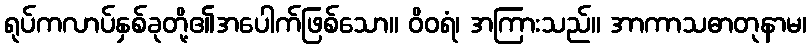
ရုပ်ကလာပ်နှစ်ခုတို့၏အပေါက်ဖြစ်သော။ ဝိဝရံ၊ အကြားသည်။ အာကာသဓာတုနာမ၊